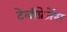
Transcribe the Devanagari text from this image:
टेलीप्रेजेंस